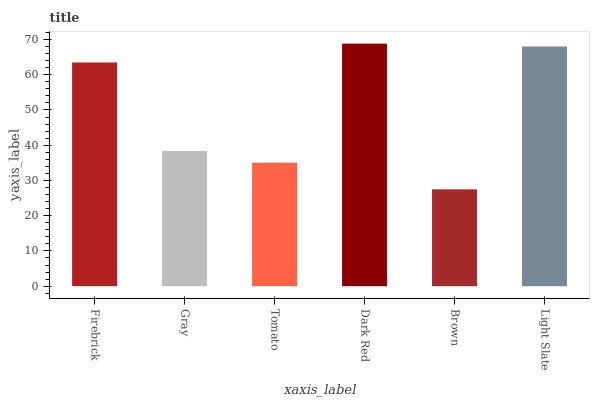
| xaxis_label | bars |
 | --- | --- |
 | Firebrick | 63.5 |
 | Gray | 38.3 |
 | Tomato | 35 |
 | Dark Red | 68.8 |
 | Brown | 27.5 |
 | Light Slate | 68 |